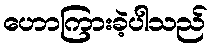
ဟောကြားခဲ့ပါသည်